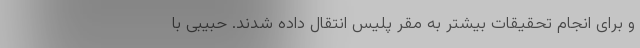
و برای انجام‌ تحقیقات بیشتر به مقر پلیس انتقال داده شدند. حبیبی با